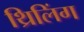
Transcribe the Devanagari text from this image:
थ्रिलिंग